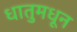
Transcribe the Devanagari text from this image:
धातुमधून